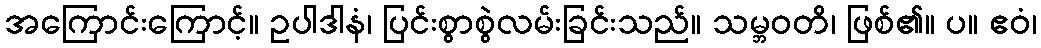
အကြောင်းကြောင့်။ ဥပါဒါနံ၊ ပြင်းစွာစွဲလမ်းခြင်းသည်။ သမ္ဘဝတိ၊ ဖြစ်၏။ ပ။ ဧဝံ၊